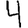
Digit: 4